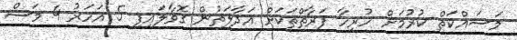
މަސައްކަތް ކުރުމަށް ހުރިހާ ފަރާތްތަކަށް އަދާލަތުން ގޮވާލައިފި 5 އަހަރު 4 މަސް